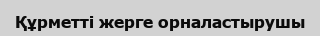
Құрметті жерге орналастырушы